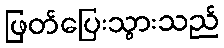
ဖြတ်ပြေးသွားသည်